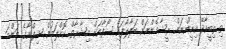
ތި ތިބީއާދޭ އިށީންނަން ރީޝާމެންނަށް ބަލާލާފައި ސޯފާއަށް އިޝާރާތް ކޮށްލަމުން ޝިފްނާގެ މަންމަ